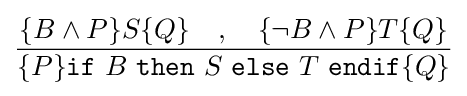
{\dfrac {\{B\wedge P\}S\{Q\}\quad ,\quad \{\neg B\wedge P\}T\{Q\}}{\{P\}{\texttt {if}}\ B\ {\texttt {then}}\ S\ {\texttt {else}}\ T\ {\texttt {endif}}\{Q\}}}